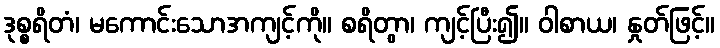
ဒုစ္စရိတံ၊ မကောင်းသောအကျင့်ကို။ စရိတွာ၊ ကျင့်ပြီး၍။ ဝါစာယ၊ နှုတ်ဖြင့်။